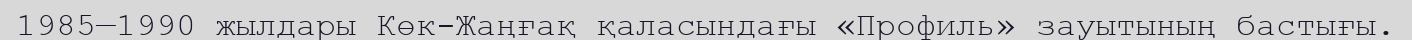
1985—1990 жылдары Көк-Жаңғақ қаласындағы «Профиль» зауытының бастығы.